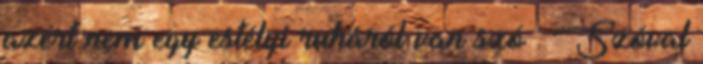
azért nem egy estélyi ruháról van szó : Szóval